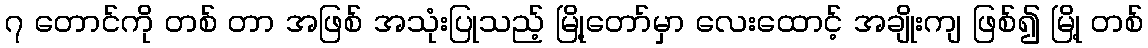
၇ တောင်ကို တစ် တာ အဖြစ် အသုံးပြုသည့် မြို့တော်မှာ လေးထောင့် အချိုးကျ ဖြစ်၍ မြို့ တစ်